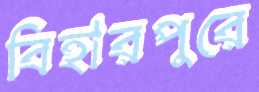
বিহারপুরে